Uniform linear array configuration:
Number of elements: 24
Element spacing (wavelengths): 0.25
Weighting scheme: hamming
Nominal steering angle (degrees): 30
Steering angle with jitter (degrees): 29.328
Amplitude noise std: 0.05
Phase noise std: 0.05

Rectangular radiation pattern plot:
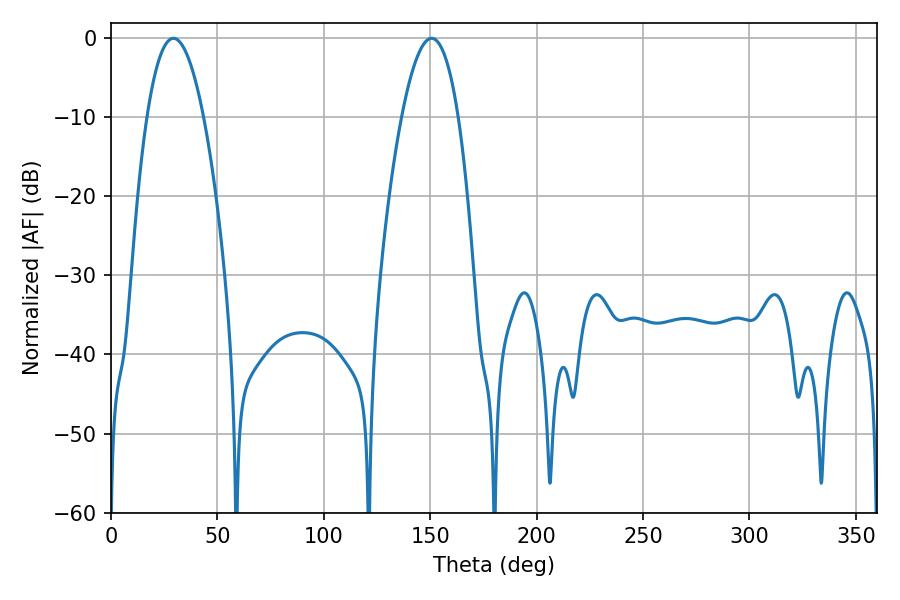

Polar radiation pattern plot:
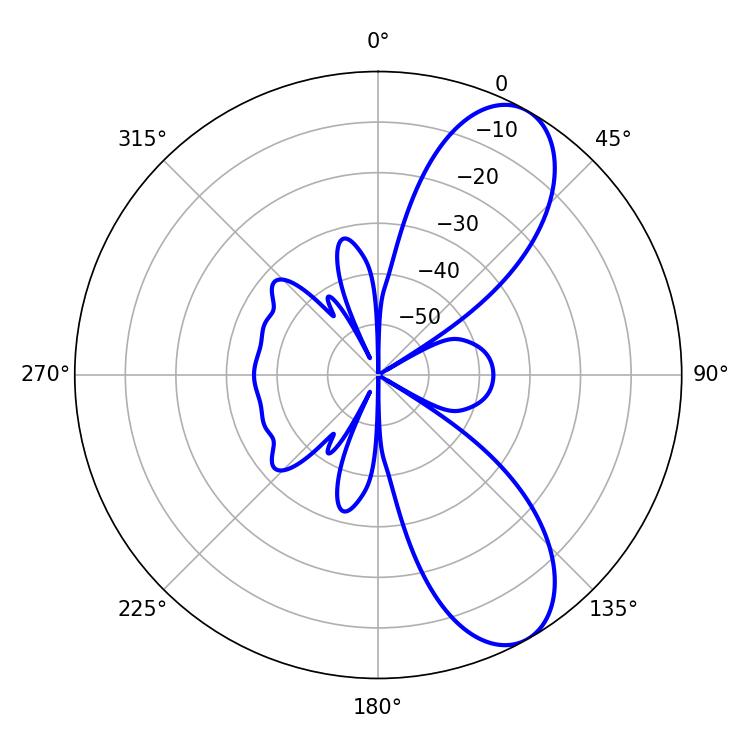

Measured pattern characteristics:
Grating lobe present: FALSE
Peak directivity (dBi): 8.686
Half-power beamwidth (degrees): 14.58
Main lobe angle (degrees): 29.34